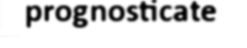
prognosticate